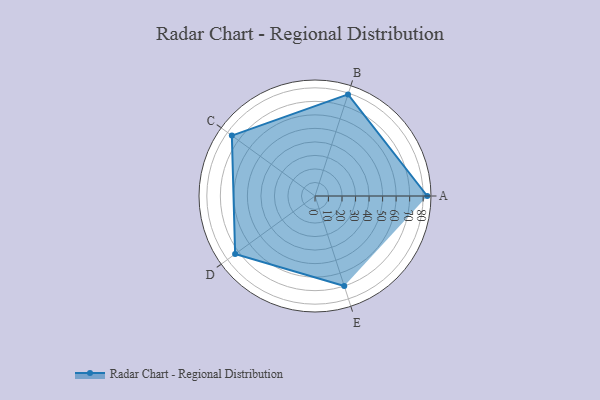
{"axis": {"x": "Skill", "y": "Score"}, "legend": ["Profile"], "data": [{"x": "A", "y": 83.0, "type": "Profile"}, {"x": "B", "y": 79.0, "type": "Profile"}, {"x": "C", "y": 76.0, "type": "Profile"}, {"x": "D", "y": 73.0, "type": "Profile"}, {"x": "E", "y": 70.0, "type": "Profile"}]}